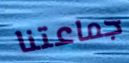
جماعتنا